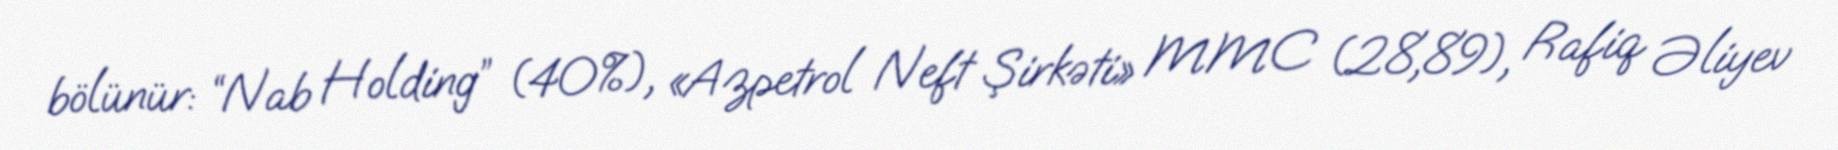
bölünür: “Nab Holding” (40%), «Azpetrol Neft Şirkəti» MMC (28,89), Rafiq Əliyev